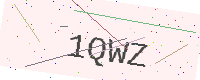
Text: 1QWZ